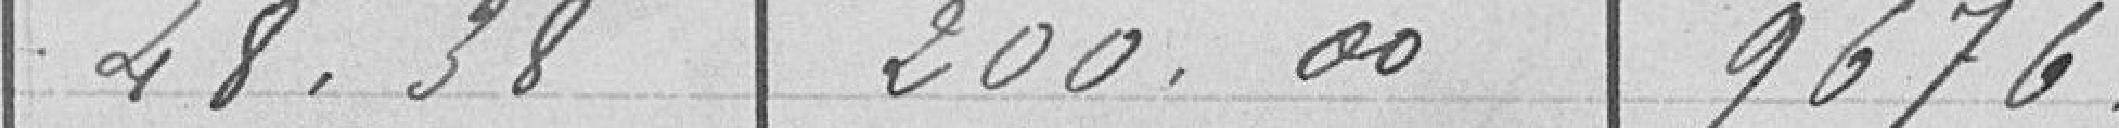
48,38   200,00   9 676